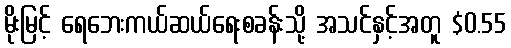
မိုးမြင့် ရေဘေးကယ်ဆယ်ရေးစခန်းသို့ အသင်နှင့်အတူ $0.55